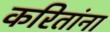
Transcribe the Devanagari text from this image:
करितांना